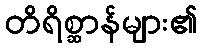
တိရိစ္ဆာန်များ၏